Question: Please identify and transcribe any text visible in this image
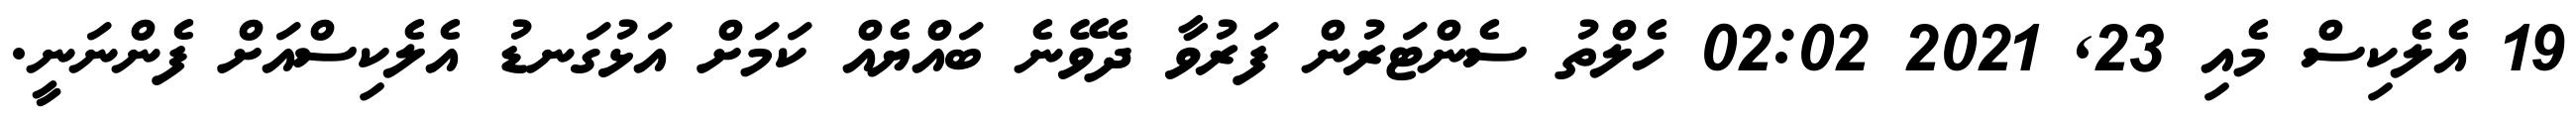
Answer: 19 އެލެކިސް މެއި 23, 2021 02:02 ހެލްތު ސެންޓަރުން ފަރުވާ ދެވޭނެ ބައްޔެއް ކަމަށް އަޅުގަނޑު އެލެކިސްއަށް ފެންނަނީ.